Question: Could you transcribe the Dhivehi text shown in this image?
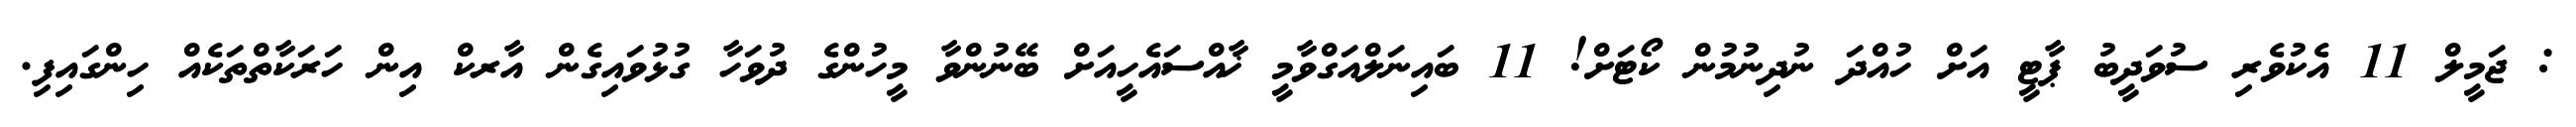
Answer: : ޖަމީލް 11 އެކުވެރި ސުވަދީބު ޕާޓީ އަށް ހުއްދަ ނުދިނުމުން ކޯޓަށް! 11 ބައިނަލްއަގްވާމީ ޚާއްސައެހީއަށް ބޭނުންވާ މީހުންގެ ދުވަހާ ގުޅުވައިގެން އާރކް އިން ހަރަކާތްތަކެއް ހިންގައިފި.